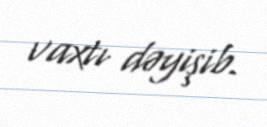
vaxtı dəyişib.